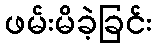
ဖမ်းမိခဲ့ခြင်း